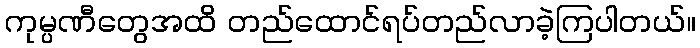
ကုမ္ပဏီတွေအထိ တည်ထောင်ရပ်တည်လာခဲ့ကြပါတယ်။